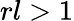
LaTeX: rl>1